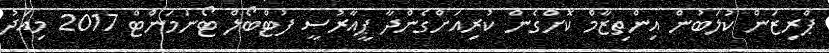
ޕްރިޒަން ކުލަބުން އިންތިޒާމް ކޮށްގެން ކުރިއަށްގެންދާ ޕީއާރުސީ ފުޓްބޯލް ޓޯނަމަންޓް 2017 މިއަދު